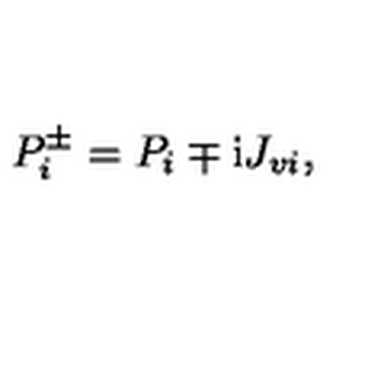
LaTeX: P _ { i } ^ { \pm } = P _ { i } \mp \mathrm { i } J _ { v i } ,